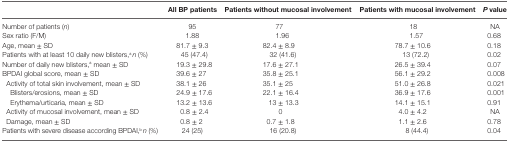
<table><thead><tr><td></td><td><b>All BP patients</b></td><td><b>Patients without mucosal involvement</b></td><td><b>Patients with mucosal involvement</b></td><td><b><i>P</i>value</b></td></tr></thead><tbody><tr><td>Number of patients (<i>n</i>)</td><td>95</td><td>77</td><td>18</td><td>NA</td></tr><tr><td>Sex ratio (F/M)</td><td>1.88</td><td>1.96</td><td>1.57</td><td>0.68</td></tr><tr><td>Age, mean ± SD</td><td>81.7 ± 9.3</td><td>82.4 ± 8.9</td><td>78.7 ± 10.6</td><td>0.18</td></tr><tr><td>Patients with at least 10 daily new blisters,<sup>a</sup><i>n</i> (%)</td><td>45 (47.4)</td><td>32 (41.6)</td><td>13 (72.2)</td><td>0.02</td></tr><tr><td>Number of daily new blisters,<sup>a</sup> mean ± SD</td><td>19.3 ± 29.8</td><td>17.6 ± 27.1</td><td>26.5 ± 39.4</td><td>0.07</td></tr><tr><td>BPDAI global score, mean ± SD</td><td>39.6 ± 27</td><td>35.8 ± 25.1</td><td>56.1 ± 29.2</td><td>0.008</td></tr><tr><td> Activity of total skin involvement, mean ± SD</td><td>38.1 ± 26</td><td>35.1 ± 25</td><td>51.0 ± 26.8</td><td>0.021</td></tr><tr><td> Blisters/erosions, mean ± SD</td><td>24.9 ± 17.6</td><td>22.1 ± 16.4</td><td>36.9 ± 17.6</td><td>0.001</td></tr><tr><td> Erythema/urticaria, mean ± SD</td><td>13.2 ± 13.6</td><td>13 ± 13.3</td><td>14.1 ± 15.1</td><td>0.91</td></tr><tr><td> Activity of mucosal involvement, mean ± SD</td><td>0.8 ± 2.4</td><td>0</td><td>4.0 ± 4.2</td><td>NA</td></tr><tr><td> Damage, mean ± SD</td><td>0.8 ± 2</td><td>0.7 ± 1.8</td><td>1.1 ± 2.6</td><td>0.78</td></tr><tr><td>Patients with severe disease according BPDAI,<sup>b</sup><i>n</i> (%)</td><td>24 (25)</td><td>16 (20.8)</td><td>8 (44.4)</td><td>0.04</td></tr></tbody></table>